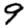
Digit: 9